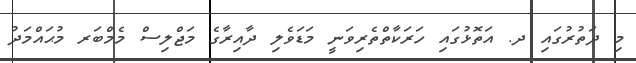
މި ދަތުރުގައި ދ. އަތޮޅުގައި ހަރަކާތްތެރިވަނީ މަޑަވެލި ދާއިރާގެ މަޖްލިސް މެމްބަރ މުޙައްމަދު